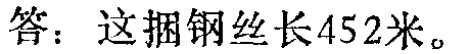
答：这捆钢丝长$452$米。